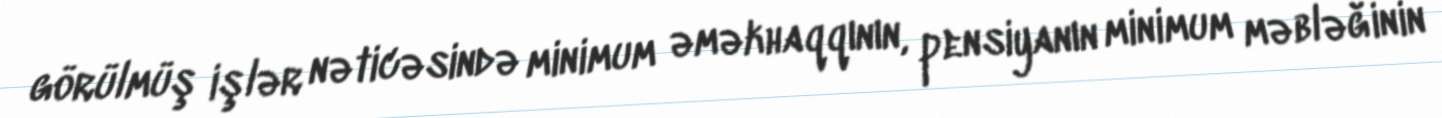
görülmüş işlər nəticəsində minimum əməkhaqqının, pensiyanın minimum məbləğinin